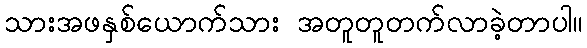
သားအဖနှစ်ယောက်သား အတူတူတက်လာခဲ့တာပါ။